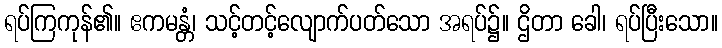
ရပ်ကြကုန်၏။ ဧကမန္တံ၊ သင့်တင့်လျောက်ပတ်သော အရပ်၌။ ဌိတာ ခေါ၊ ရပ်ပြီးသော။